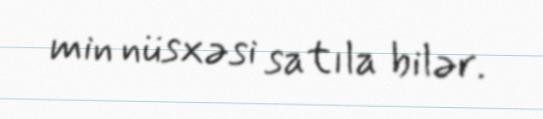
min nüsxəsi satıla bilər.